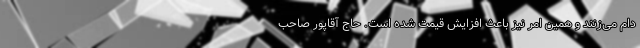
دام می‌زنند و همین امر نیز باعث افزایش قیمت شده است. حاج آقاپور صاحب